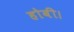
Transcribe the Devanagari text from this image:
होबी।